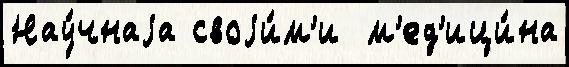
Нау́чнаjа своjи́м'и  м'ед'ици́на